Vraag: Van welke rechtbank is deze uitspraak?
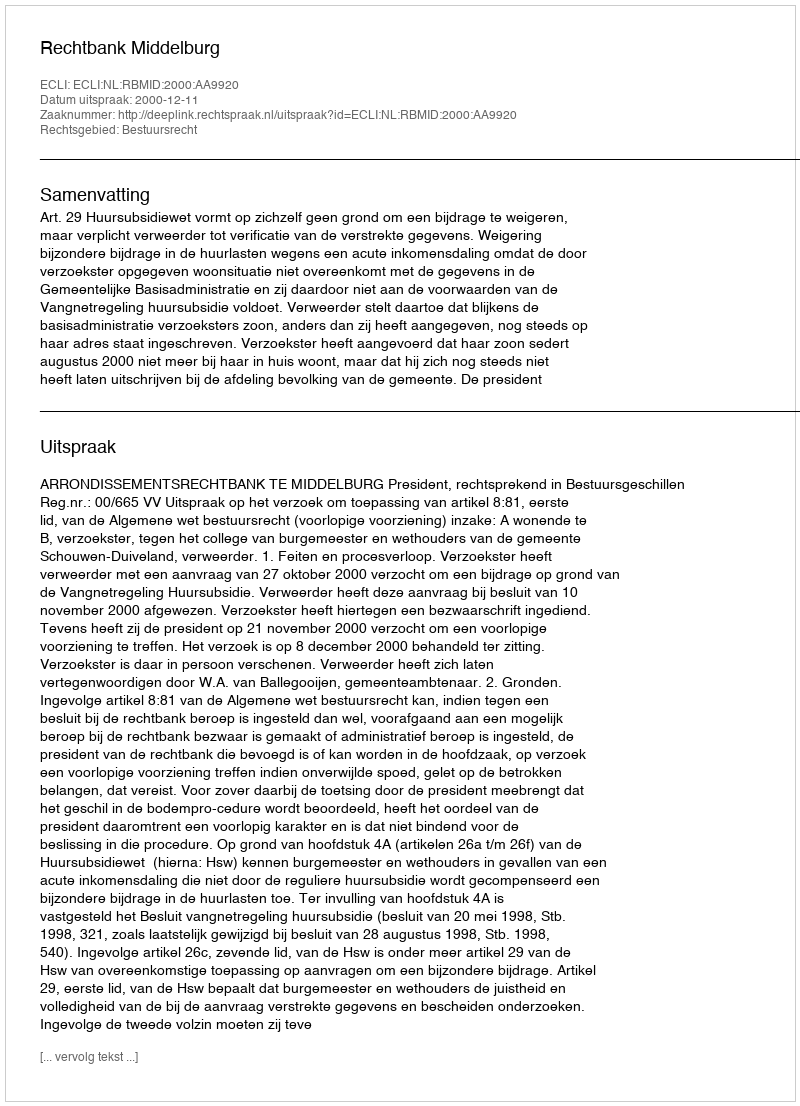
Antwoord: Rechtbank Middelburg